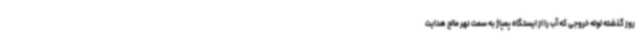
روز گذشته لوله خروجی که آب را از ایستگاه پمپاژ به سمت نهر مالح هدایت